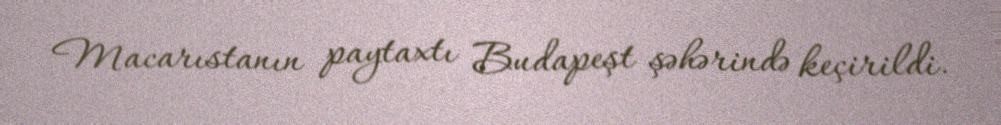
Macarıstanın paytaxtı Budapeşt şəhərində keçirildi.